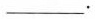
___.